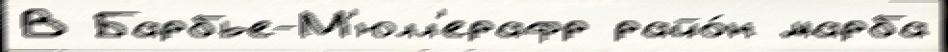
В Барбье-М'юлл'ерафр райо́н марба